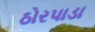
ઠોરપાડા